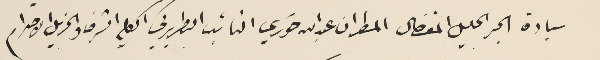
سيادة الحبر الجليل المفضال المطران عبدالله خوري النائب البطريركي الكلي الشرف والجزيل الاحترام